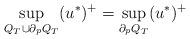
LaTeX: \begin{align*}\sup_{Q_T\cup\partial_pQ_T}(u^*)^+=\sup_{\partial_pQ_T}(u^*)^+\quad\end{align*}